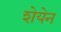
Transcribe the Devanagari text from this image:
शेयेन